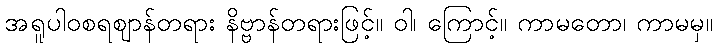
အရူပါဝစရဈာန်တရား နိဗ္ဗာန်တရားဖြင့်။ ဝါ၊ ကြောင့်။ ကာမတော၊ ကာမမှ။